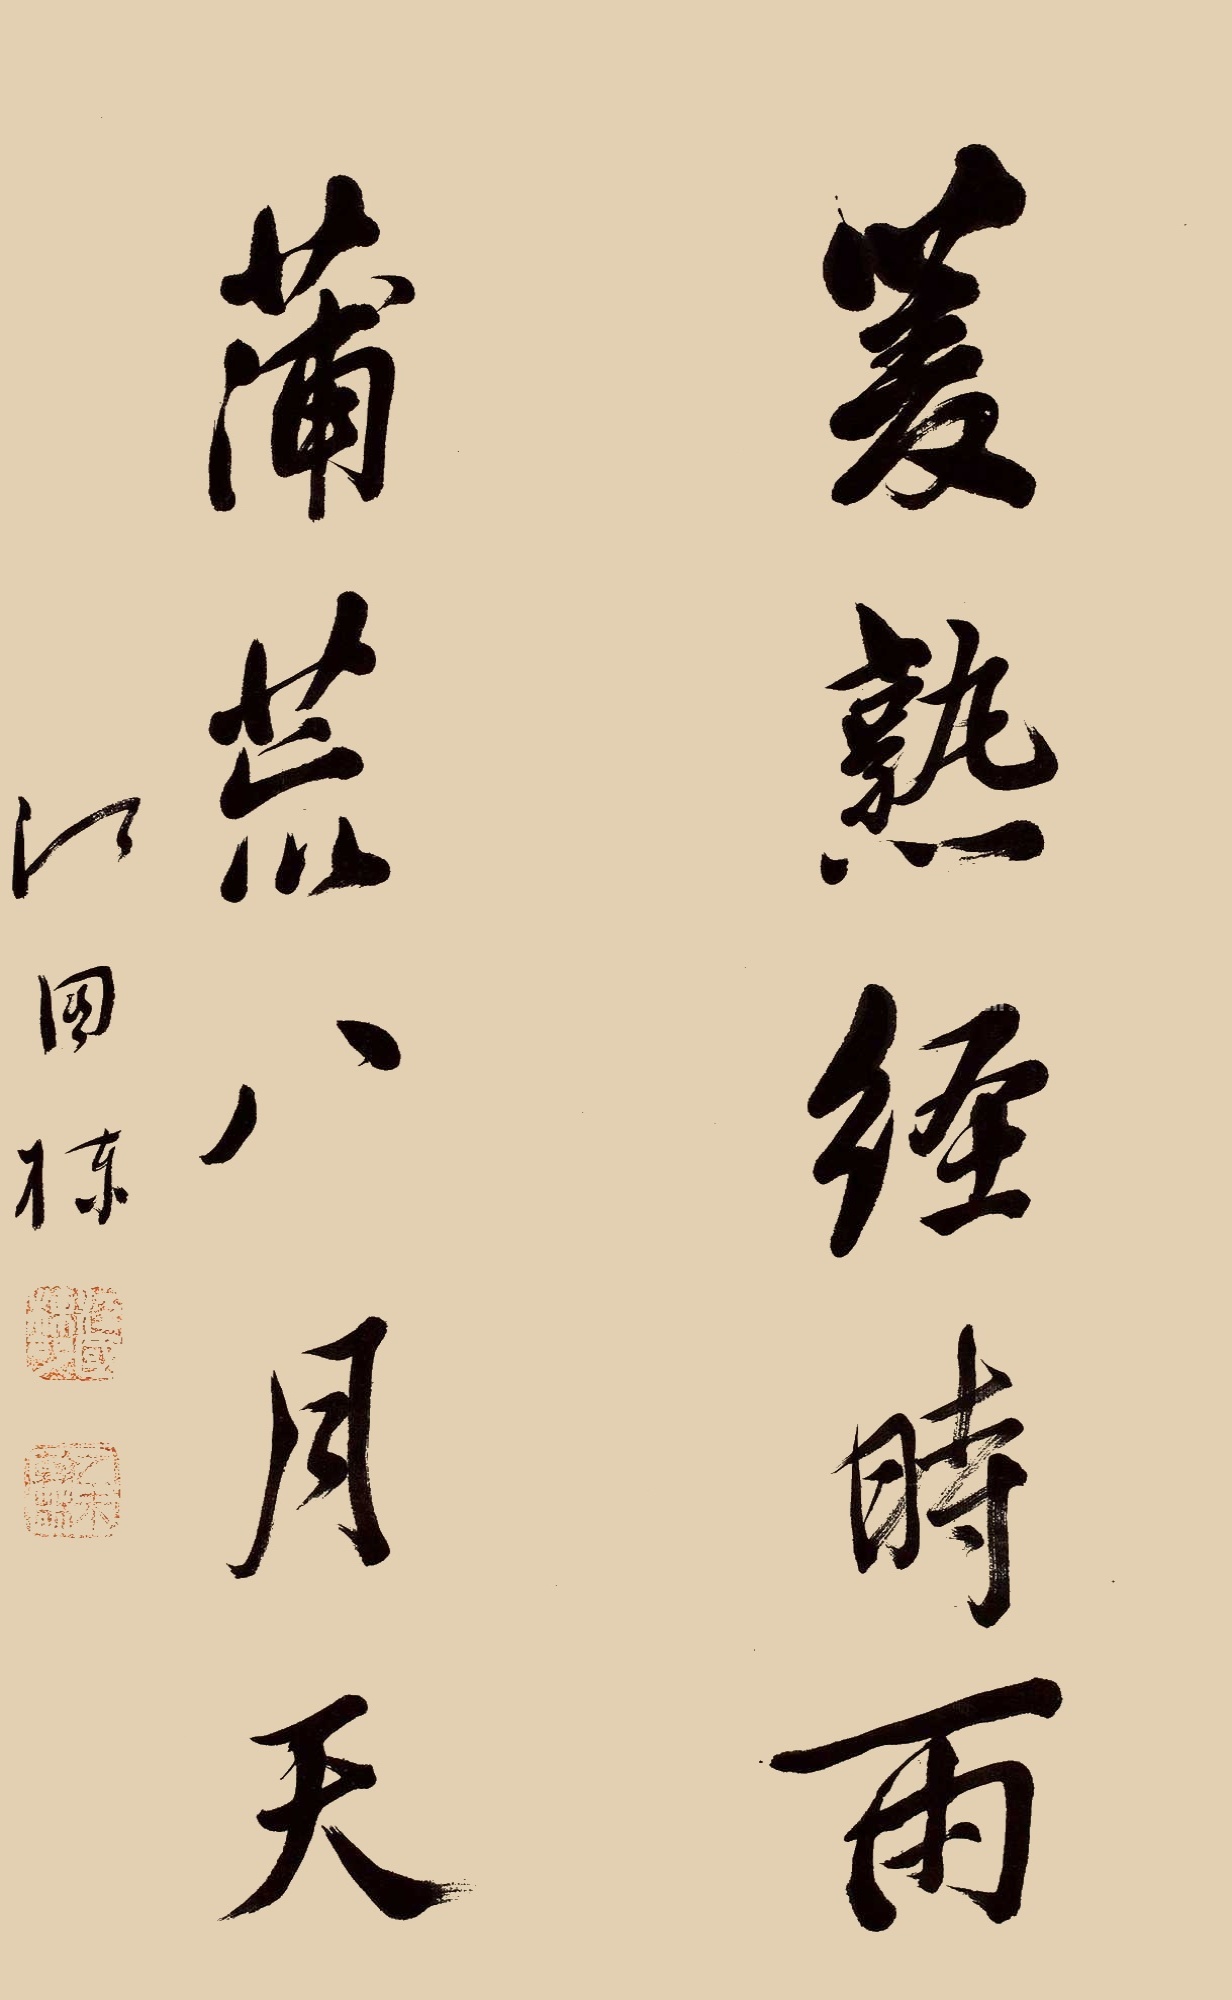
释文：菱熟经时雨；蒲荒八月天。江国栋。